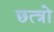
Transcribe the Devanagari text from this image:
छत्त्रो